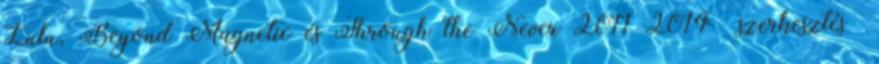
Lulu, Beyond Magnetic és Through the Never 2011–2014 szerkesztés